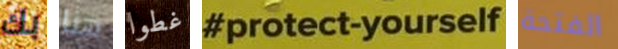
بك هنا غطوا protect-yourself الفتحة